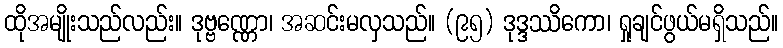
ထိုအမျိုးသည်လည်း။ ဒုဗ္ဗဏ္ဏော၊ အဆင်းမလှသည်။ (၉၅) ဒုဒ္ဒဿိကော၊ ရှုချင်ဖွယ်မရှိသည်။